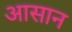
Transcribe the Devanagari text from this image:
अासान